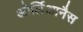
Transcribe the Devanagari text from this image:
ओर्लिआनैस